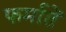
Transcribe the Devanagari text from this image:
फर्मातें